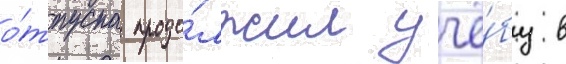
о́тпуска продо́лжил учё́бу в